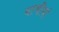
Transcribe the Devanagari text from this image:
नाभीयां